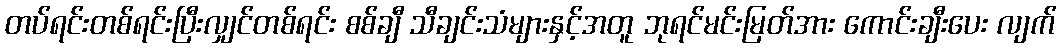
တပ်ရင်းတစ်ရင်းပြီးလျှင်တစ်ရင်း စစ်ချီ သီချင်းသံများနှင့်အတူ ဘုရင်မင်းမြတ်အား ကောင်းချီးပေး လျက်